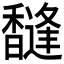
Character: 𱄐